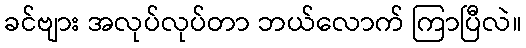
ခင်ဗျား အလုပ်လုပ်တာ ဘယ်လောက် ကြာပြီလဲ။